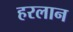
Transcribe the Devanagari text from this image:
हरलान